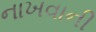
નાખવાની